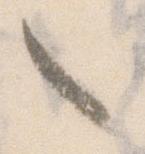
々